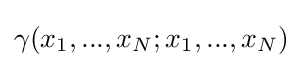
\gamma (x_{1},...,x_{N};x_{1},...,x_{N})